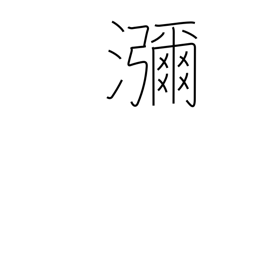
Meaning: copious flow